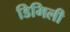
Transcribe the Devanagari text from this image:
डिमिली